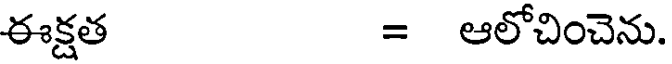
ఈక్షత = ఆలోచించెను.